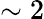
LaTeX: \sim 2